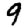
Digit: 9